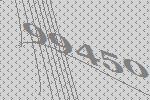
99450